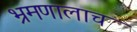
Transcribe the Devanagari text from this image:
भ्रमणालाच